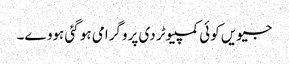
جیویں کوئی کمپیوٹر دی پروگرامی ہو گئی ہووے۔